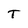
Character: T